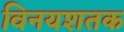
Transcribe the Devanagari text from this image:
विनयशतक